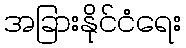
အခြားနိုင်ငံရေး